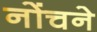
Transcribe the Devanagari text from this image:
नोंचने